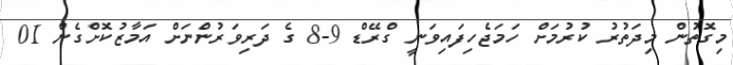
މިގޮތުން މިދަތުރު ކުރުމަށް ހަމަޖެހިފައިވަނީ ގްރޭޑް 9-8 ގެ ދަރިވަރުންނަށް އަމާޒުކޮށްގެން 01